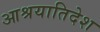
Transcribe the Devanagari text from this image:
आश्रयातिदेश